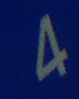
4